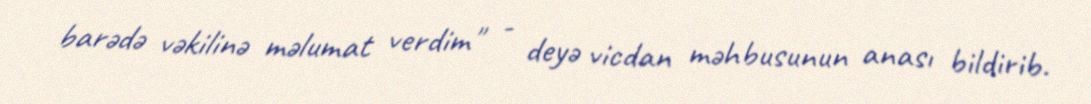
barədə vəkilinə məlumat verdim" - deyə vicdan məhbusunun anası bildirib.